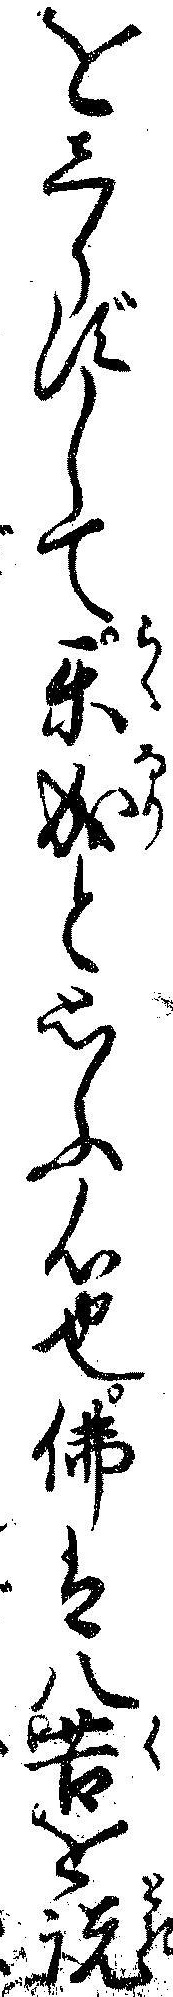
をしらずして楽成と思ふ心也仏は八苦を説